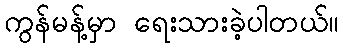
ကွန်မန့်မှာ ရေးသားခဲ့ပါတယ်။